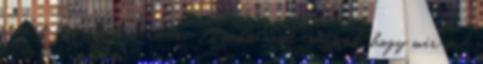
rendet tudunk kovácsolni Amikor azt érezzük, hogy már túl